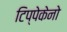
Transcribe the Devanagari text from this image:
टिप्पेकेनो